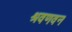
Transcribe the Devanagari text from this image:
श्रवणवन